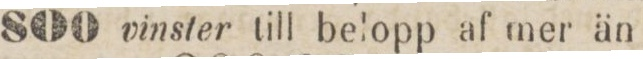
800 vinstertill belopp af mer än